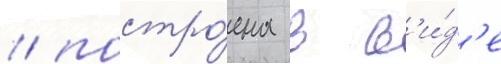
/ постро́ена в в'и́д'е